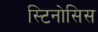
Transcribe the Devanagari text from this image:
स्टिनोसिस